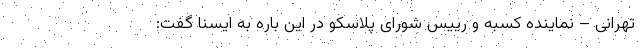
تهرانی – نماینده کسبه و رییس شورای پلاسکو در این باره به ایسنا گفت: